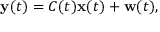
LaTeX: \mathbf { y } ( t ) = C ( t ) \mathbf { x } ( t ) + \mathbf { w } ( t ) ,